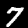
Label: 7